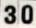
30